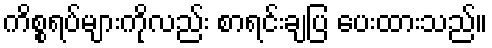
ကိစ္စရပ်များကိုလည်း စာရင်းချပြ ပေးထားသည်။